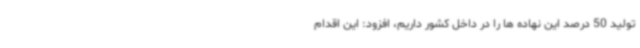
تولید 50 درصد این نهاده ها را در داخل کشور داریم، افزود: این اقدام